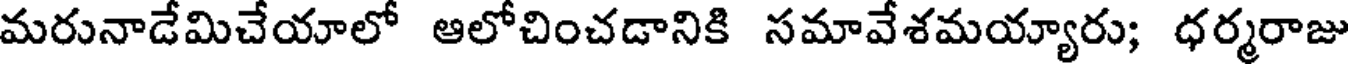
మరునాడేమిచేయాలో ఆలోచించడానికి సమావేశమయ్యారు; ధర్మరాజు